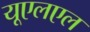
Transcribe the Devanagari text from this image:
यूएलएल